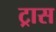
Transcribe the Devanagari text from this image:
ट्रास